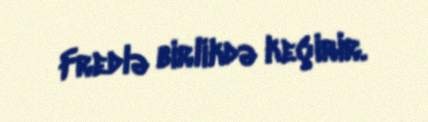
Fredlə birlikdə keçirir.